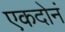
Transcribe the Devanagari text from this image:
एकदोनं